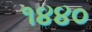
૧૪૪૦